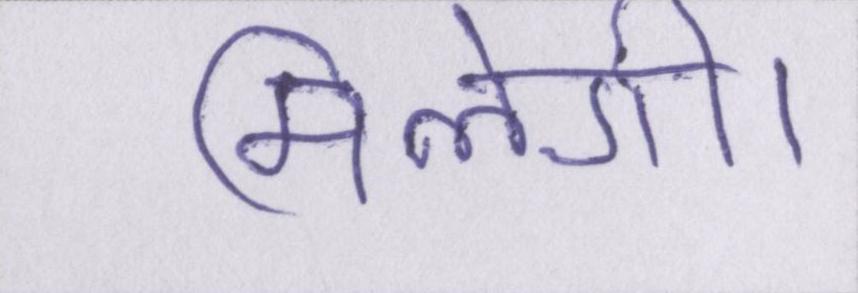
मिलेगी।